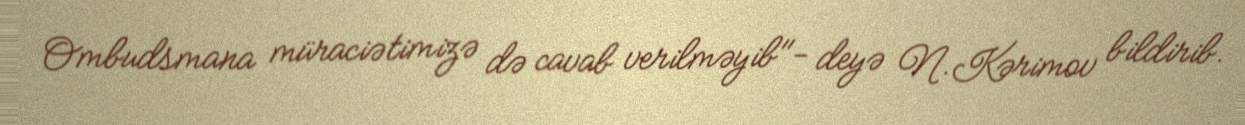
Ombudsmana müraciətimizə də cavab verilməyib"- deyə N.Kərimov bildirib.